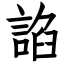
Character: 諂